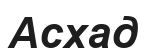
Асхад